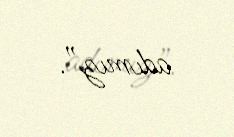
adımız”.